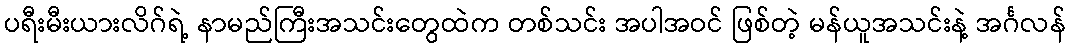
ပရီးမီးယားလိဂ်ရဲ့ နာမည်ကြီးအသင်းတွေထဲက တစ်သင်း အပါအဝင် ဖြစ်တဲ့ မန်ယူအသင်းနဲ့ အင်္ဂလန်